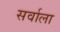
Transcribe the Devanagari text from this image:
सर्वाला